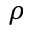
\rho